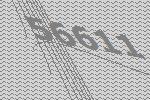
56611